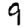
Digit: 9